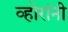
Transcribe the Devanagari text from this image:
व्होरांनी